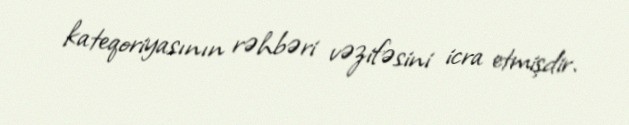
kateqoriyasının rəhbəri vəzifəsini icra etmişdir.